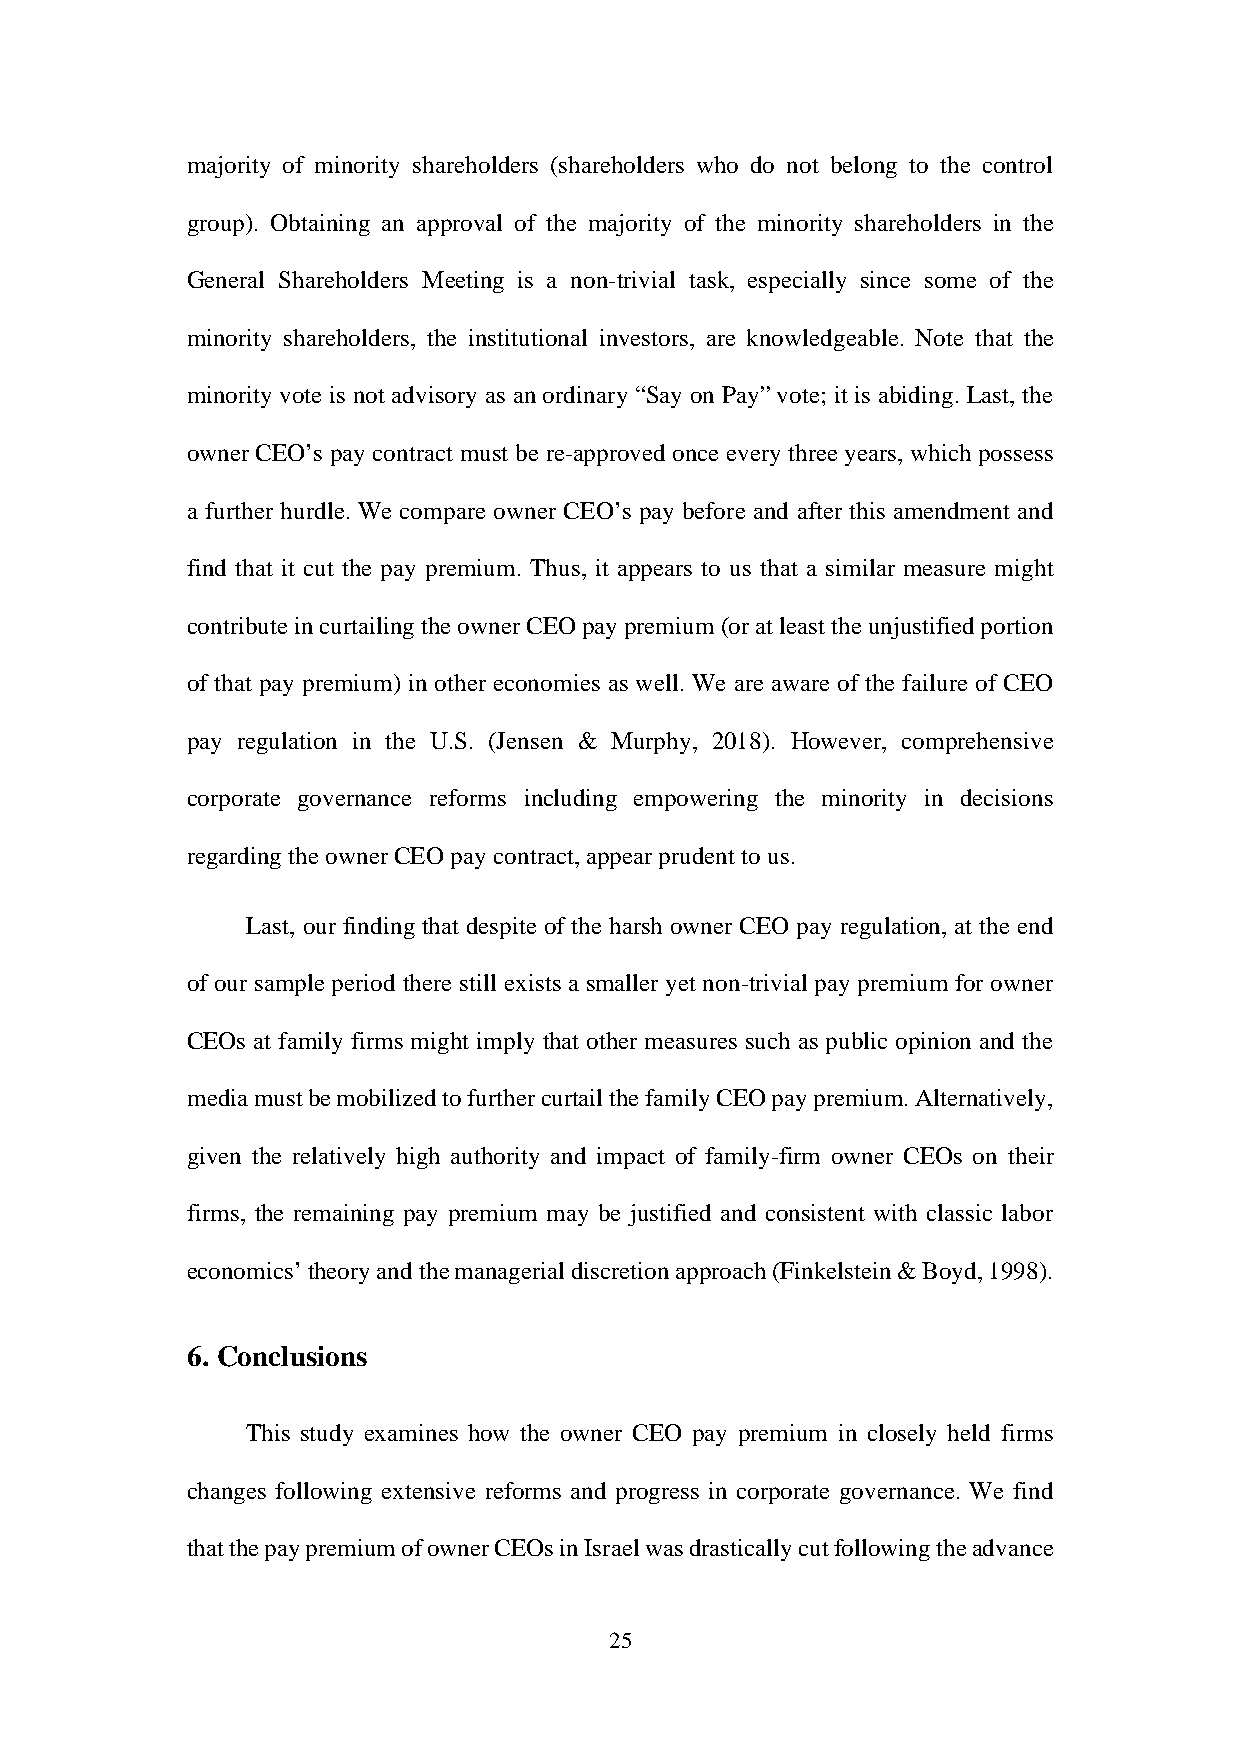
majority of minority shareholders (shareholders who do not belong to the control
 group). Obtaining an approval of the majority of the minority shareholders in the
 General Shareholders Meeting is a non-trivial task, especially since some of the
 minority shareholders, the institutional investors, are knowledgeable. Note that the
 minority vote is not advisory as an ordinary “Say on Pay” vote; it is abiding. Last, the
 owner CEO’s pay contract must be re-approved once every three years, which possess
 a further hurdle. We compare owner CEO’s pay before and after this amendment and
 find that it cut the pay premium. Thus, it appears to us that a similar measure might
 contribute in curtailing the owner CEO pay premium (or at least the unjustified portion
 of that pay premium) in other economies as well. We are aware of the failure of CEO
 pay regulation in the U.S. (Jensen & Murphy, 2018). However, comprehensive
 corporate governance reforms including empowering the minority in decisions
 regarding the owner CEO pay contract, appear prudent to us.
 Last, our finding that despite of the harsh owner CEO pay regulation, at the end
 of our sample period there still exists a smaller yet non-trivial pay premium for owner
 CEOs at family firms might imply that other measures such as public opinion and the
 media must be mobilized to further curtail the family CEO pay premium. Alternatively,
 given the relatively high authority and impact of family-firm owner CEOs on their
 firms, the remaining pay premium may be justified and consistent with classic labor
 economics’ theory and the managerial discretion approach (Finkelstein & Boyd, 1998).
 6. Conclusions
 This study examines how the owner CEO pay premium in closely held firms
 changes following extensive reforms and progress in corporate governance. We find
 that the pay premium of owner CEOs in Israel was drastically cut following the advance
 25